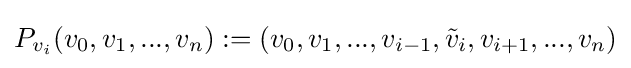
P_{v_{i}}(v_{0},v_{1},...,v_{n}):=(v_{0},v_{1},...,v_{i-1},{\tilde {v}}_{i},v_{i+1},...,v_{n})